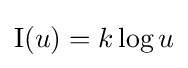
\operatorname {I} (u)=k\log u